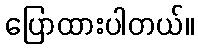
ပြောထားပါတယ်။